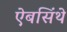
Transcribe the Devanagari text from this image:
ऐबसिंथे